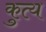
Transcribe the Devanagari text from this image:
कुत्य